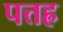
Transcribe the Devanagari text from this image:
पत्तह्र